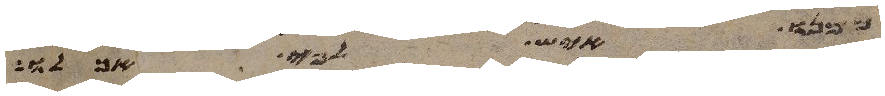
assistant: ממנו איש לפי אכלו